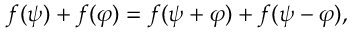
f ( \psi ) + f ( \varphi ) = f ( \psi + \varphi ) + f ( \psi - \varphi ) ,